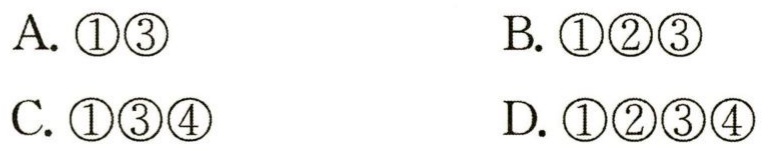
A. \(\textcircled{1}\textcircled{3}\)
B. \(\textcircled{1}\textcircled{2}\textcircled{3}\)
C. \(\textcircled{1}\textcircled{3}\textcircled{4}\)
D. \(\textcircled{1}\textcircled{2}\textcircled{3}\textcircled{4}\)